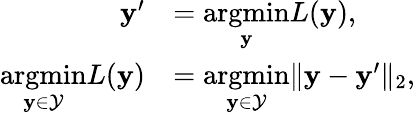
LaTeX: \begin{array}{rl}{\mathbf{y}^{\prime}}&{=\underset{\mathbf{y}}{\mathrm{argmin}}L(\mathbf{y}),}\\ {\underset{\mathbf{y}\in\mathcal{Y}}{\mathrm{argmin}}L(\mathbf{y})}&{=\underset{\mathbf{y}\in\mathcal{Y}}{\mathrm{argmin}}\lVert\mathbf{y}-\mathbf{y}^{\prime}\rVert_{2},}\end{array}